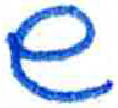
אות: ש